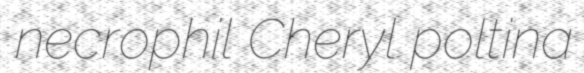
necrophil Cheryl poltina